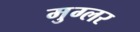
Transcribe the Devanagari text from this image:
मुग्लर